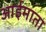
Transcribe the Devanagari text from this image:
आईमाता